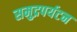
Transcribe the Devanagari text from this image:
समुद्रपर्यटन